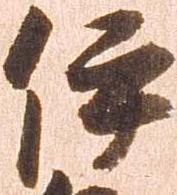
伊